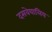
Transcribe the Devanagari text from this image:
दसवेयालिय